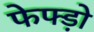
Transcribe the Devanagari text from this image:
फेफ्ड़ो